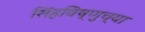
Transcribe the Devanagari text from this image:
सिंहविष्णुच्या